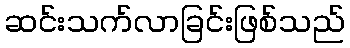
ဆင်းသက်လာခြင်းဖြစ်သည်